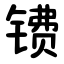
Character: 镄